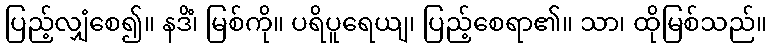
ပြည့်လျှံစေ၍။ နဒိံ၊ မြစ်ကို။ ပရိပူရေယျ၊ ပြည့်စေရာ၏။ သာ၊ ထိုမြစ်သည်။